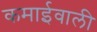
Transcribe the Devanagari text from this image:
कमाईवाली